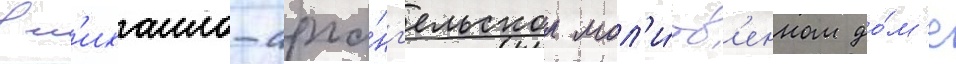
в м'ихаило-арха́нг'ельском мол'и́тв'енном до́м'е